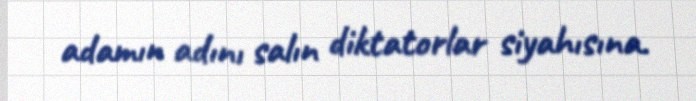
adamın adını salın diktatorlar siyahısına.